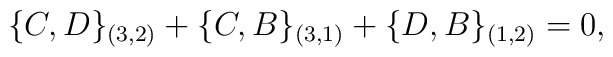
\{C,D\}_{(3,2)}+\{C,B\}_{(3,1)}+\{D,B\}_{(1,2)}=0,